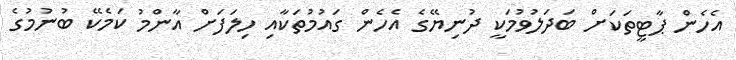
އެހެން ޕާޓީތަކަށް ބަދަލުވުމަކީ ދުނިޔޭގެ އެހެން ގައުމުތަކާއި ހިލަފަށް އާންމު ކަމެކޭ ބުނުމުގެ